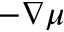
- \nabla \mu